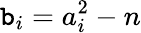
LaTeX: \mathtt{b}_{i}=a_{i}^{2}-n